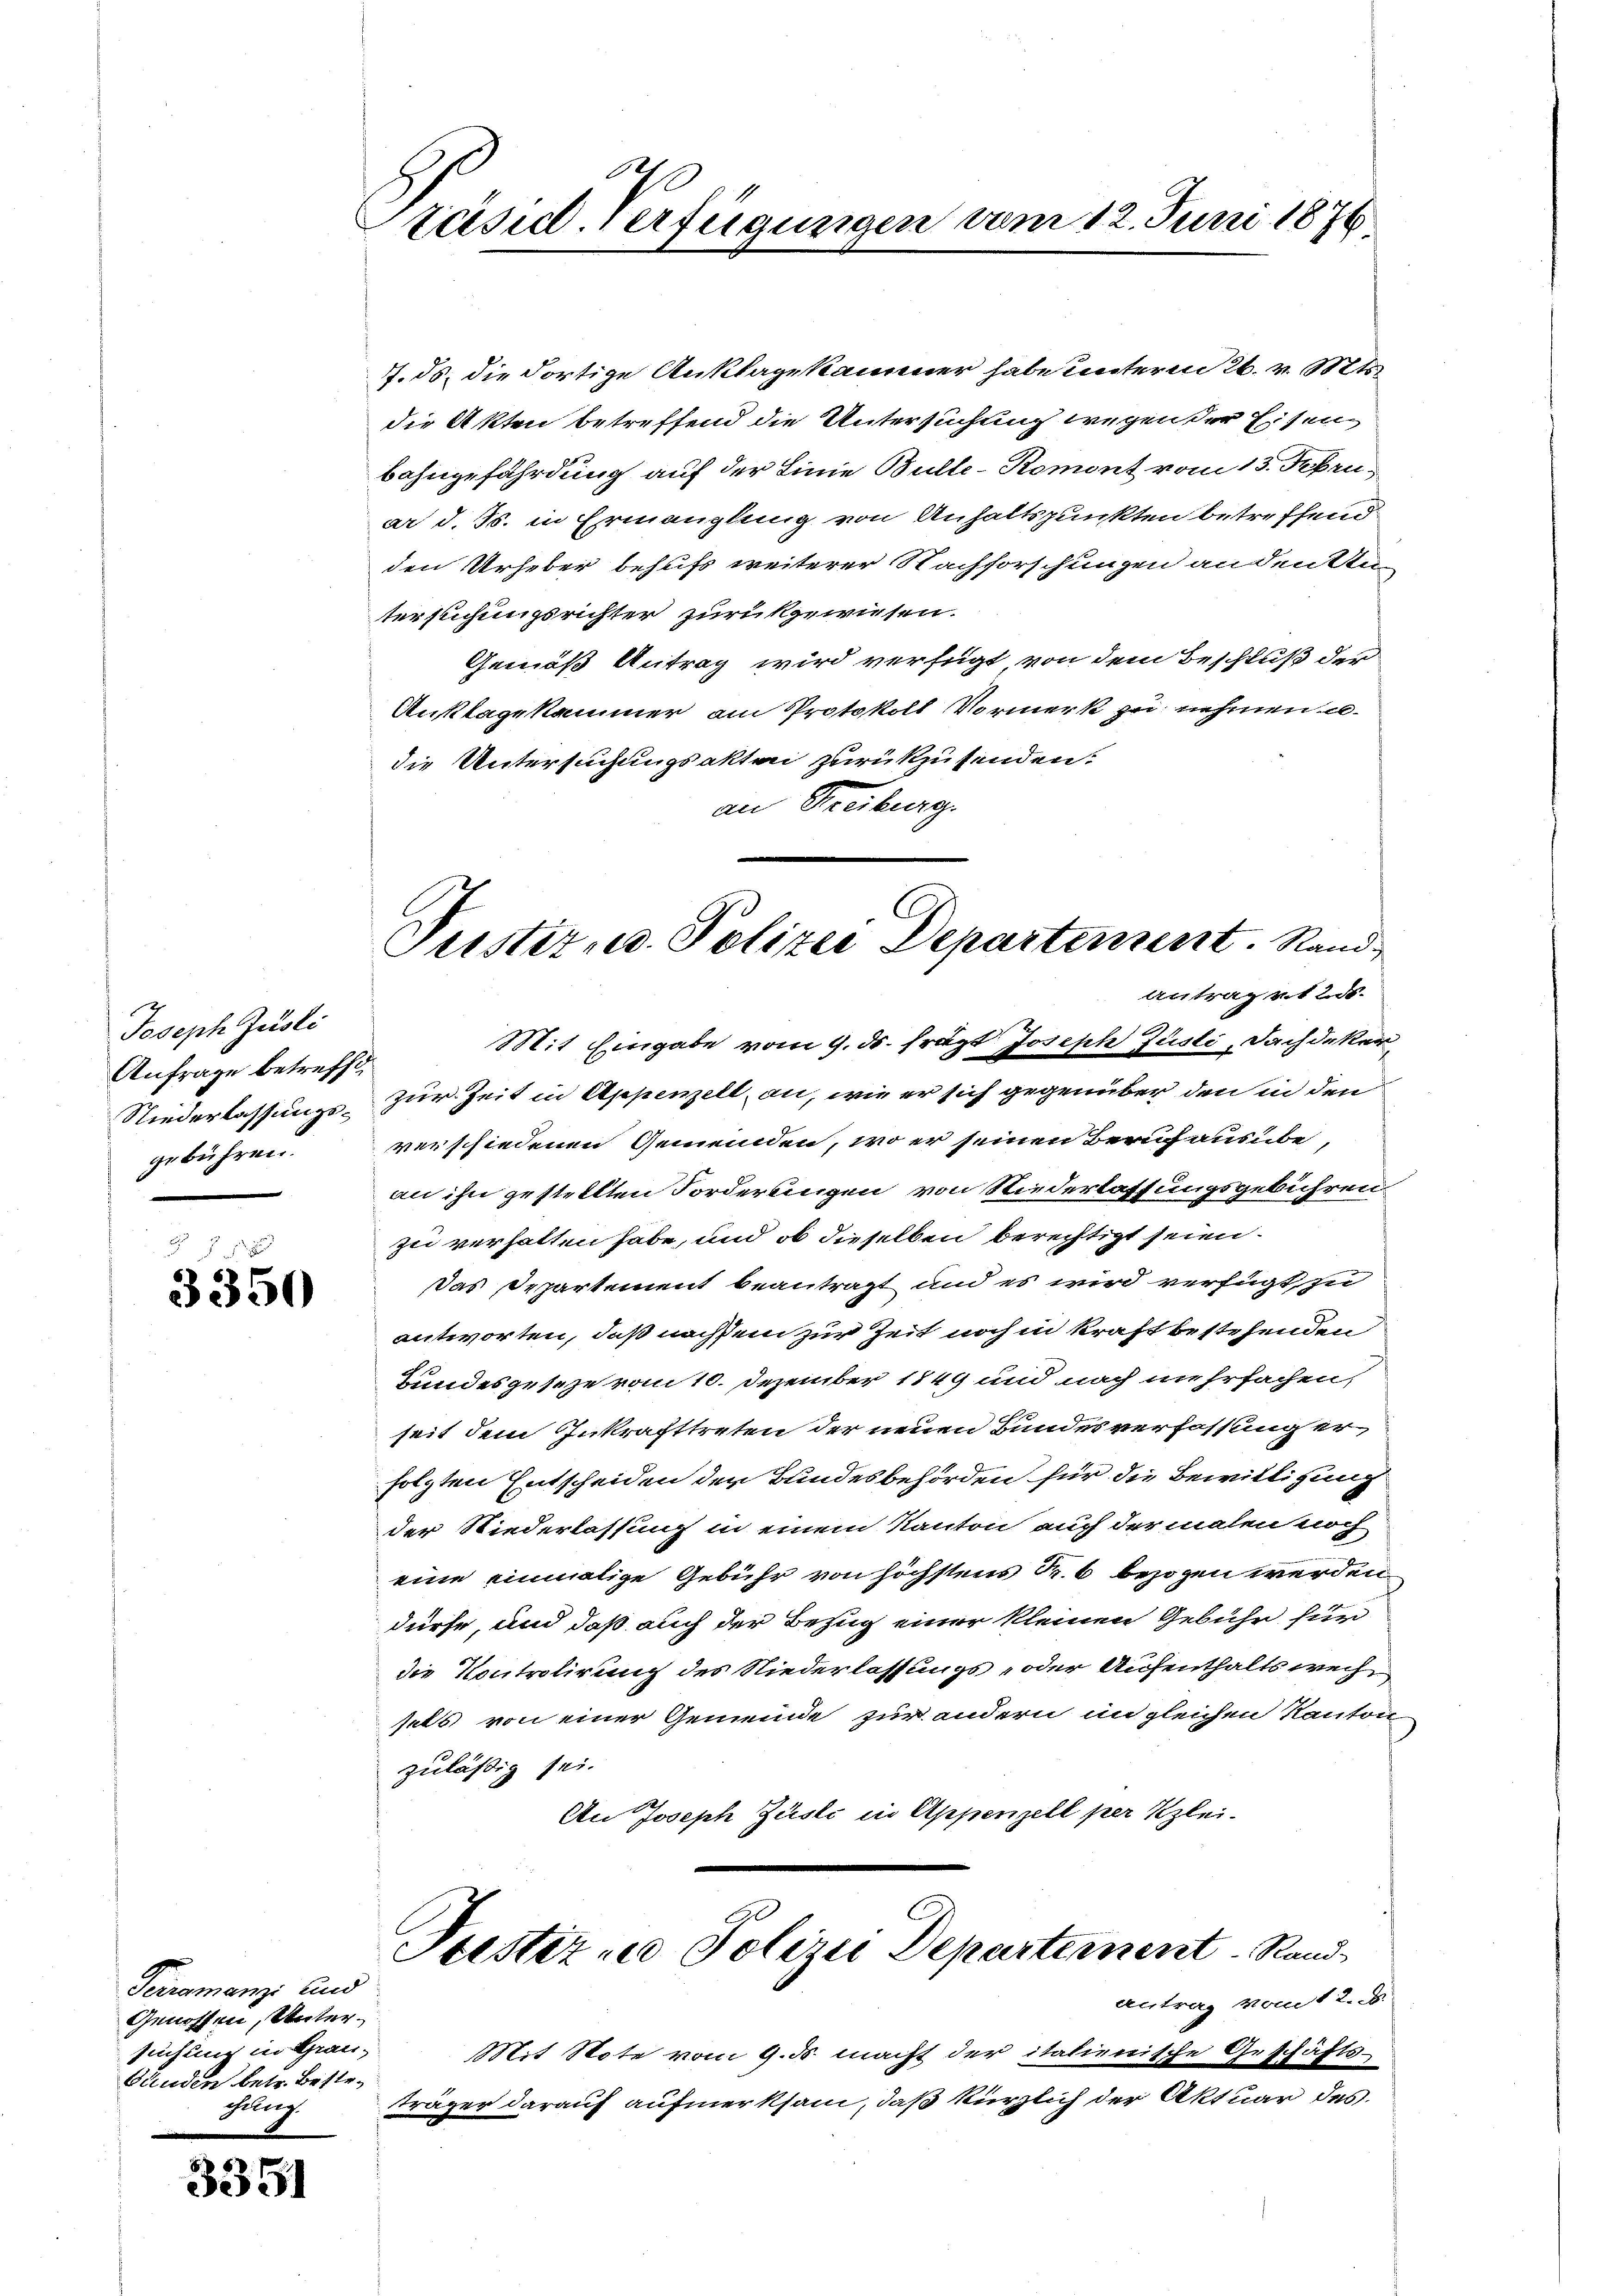
Joseph Justi
Anfrage betreffe,
Niederlassungsgebühren.

x
3350

Peiremenge und
Genossen, Untersuchung in Grau-
Studen betr. Bestefung

3351

A
räsid. Verfügungen vom 12. Juni 1876

7. ds. die dortige Anklagekammer habe unterm 26. v. Mts.
die Akten betreffend die Untersuchung wegen der Eisen
bahngefährdung auf der Linie Bulte-Romont vom 15. Febru
ar d. Js. in Ermanglung von Anhaltspunkten betreffend
den Urheber behufs weiterer Nachforschungen andenken
tersuchungsrichter zurückgewiesen.
Gemäß Antrag wird verfügt von dem Beschluß der
Anklagekammer am Protokoll Vormerk zu nehmen exdie Untersuchungsakten zurückzusenden.
an Freiburg.

Mit Eingabe vom 9. ds. frägt Joseph Justi, Dachdeker,
zur Zeit in Appenzell an, wie er sich gegenüber den in den
verschiedenen Gemeinden, wo er seinen Beruf ausübe,
an ihn gestellten Forderungen von Niederlassungsgebühren
zu verhalten habe, und ob dieselben berechtigt seien.
Das Departement beantragt und es wird verfügt in
antworten, daß nachdem zur Zeit noch in kraft bestehenden
undesgeseze vom 10. Dezember 1849 und noch mehrfachen,
seit dem Inkrafttreten der neuen Bundesverfassung er
folgten Entscheiden der Bundesbehörden für die Bewilligung
der Niederlassung in einem Kanton auch der malen noch
eine einmalige Gebühr von höchstens Fr. 6 bezogen werden,
dürfe, und daß auch der Bezug einer kleinen Gebühr für
die Kontrolirung des Niederlassungs- oder Aufenthalts wechsels von einer Gemeinde zur andern in gleichen Kanton
zulässig sei.
An Joseph Zusti in Appenzell per Klei¬
Trestiz zu Polizei Departement Rand

Mit Note vom 9. ds. macht der italienische
träger darauf aufmerksam, daß kürzlich der Ak¬

Justitud. Polizei Departement. Rand
Antrag v. 125.

Mote 12. d.
antrag